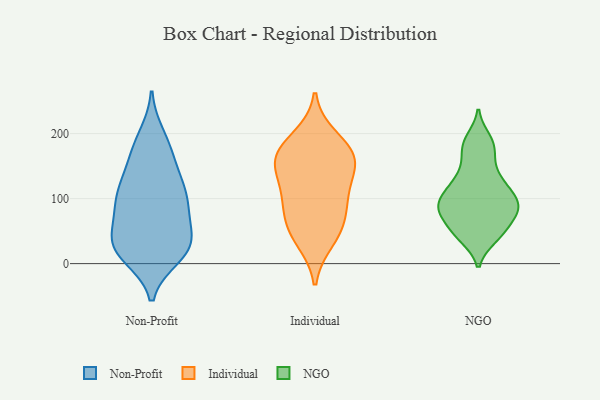
{"axis": {"x": "Humidity (%)", "y": "Value"}, "legend": ["Individual", "NGO", "Non-Profit"], "data": [{"x": "", "y": 32, "type": "Non-Profit"}, {"x": "", "y": 79, "type": "Non-Profit"}, {"x": "", "y": 31, "type": "Non-Profit"}, {"x": "", "y": 128, "type": "Non-Profit"}, {"x": "", "y": 108, "type": "Non-Profit"}, {"x": "", "y": 78, "type": "Non-Profit"}, {"x": "", "y": 22, "type": "Non-Profit"}, {"x": "", "y": 82, "type": "Non-Profit"}, {"x": "", "y": 93, "type": "Non-Profit"}, {"x": "", "y": 19, "type": "Non-Profit"}, {"x": "", "y": 171, "type": "Non-Profit"}, {"x": "", "y": 37, "type": "Non-Profit"}, {"x": "", "y": 181, "type": "Non-Profit"}, {"x": "", "y": 151, "type": "Non-Profit"}, {"x": "", "y": 35, "type": "Non-Profit"}, {"x": "", "y": 12, "type": "Non-Profit"}, {"x": "", "y": 196, "type": "Non-Profit"}, {"x": "", "y": 119, "type": "Non-Profit"}, {"x": "", "y": 20, "type": "Non-Profit"}, {"x": "", "y": 110, "type": "Non-Profit"}, {"x": "", "y": 53, "type": "Individual"}, {"x": "", "y": 89, "type": "Individual"}, {"x": "", "y": 103, "type": "Individual"}, {"x": "", "y": 152, "type": "Individual"}, {"x": "", "y": 194, "type": "Individual"}, {"x": "", "y": 36, "type": "Individual"}, {"x": "", "y": 57, "type": "Individual"}, {"x": "", "y": 149, "type": "Individual"}, {"x": "", "y": 168, "type": "Individual"}, {"x": "", "y": 159, "type": "Individual"}, {"x": "", "y": 172, "type": "Individual"}, {"x": "", "y": 107, "type": "Individual"}, {"x": "", "y": 77, "type": "NGO"}, {"x": "", "y": 174, "type": "NGO"}, {"x": "", "y": 101, "type": "NGO"}, {"x": "", "y": 120, "type": "NGO"}, {"x": "", "y": 94, "type": "NGO"}, {"x": "", "y": 41, "type": "NGO"}, {"x": "", "y": 79, "type": "NGO"}, {"x": "", "y": 192, "type": "NGO"}, {"x": "", "y": 78, "type": "NGO"}, {"x": "", "y": 40, "type": "NGO"}, {"x": "", "y": 127, "type": "NGO"}, {"x": "", "y": 184, "type": "NGO"}, {"x": "", "y": 104, "type": "NGO"}, {"x": "", "y": 129, "type": "NGO"}, {"x": "", "y": 88, "type": "NGO"}, {"x": "", "y": 51, "type": "NGO"}, {"x": "", "y": 52, "type": "NGO"}, {"x": "", "y": 86, "type": "NGO"}, {"x": "", "y": 154, "type": "NGO"}]}